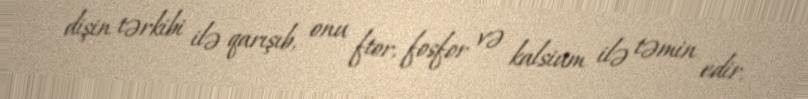
dişin tərkibi ilə qarışıb, onu ftor, fosfor və kalsium ilə təmin edir.